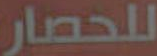
للحصار